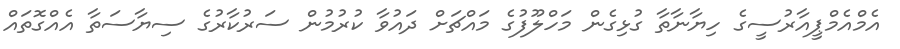
އެމްއެމްޕީއާރުސީގެ ހިޔާނާތާ ގުޅިގެން މަހްލޫފުގެ މައްޗަށް ދައުވާ ކުރުމުން ސަރުކާރުގެ ސިޔާސަތާ އެއްގޮތައް